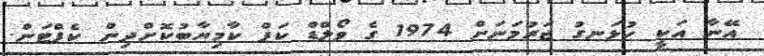
އޭނާ އަކީ ހުޅަނގު ޖަރުމަނަށް 1974 ގެ ވޯލްޑް ކަޕް ކާމިޔާބުކޮށްދިން ކެޕްޓަން.